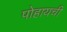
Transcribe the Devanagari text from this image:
पोहायची